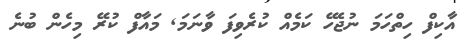
އާކިފް ހިތްހަމަ ނުޖެހޭ ކަމެއް ކުރެވިފަ ވާނަމަ